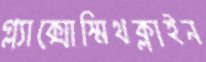
গ্ল্যাক্সোস্মিথক্লাইন